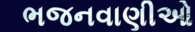
ભજનવાણીઓ